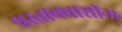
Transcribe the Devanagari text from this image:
प्रस्ताक्वाशीना